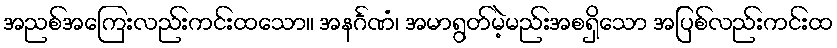
အညစ်အကြေးလည်းကင်းထသော။ အနင်္ဂဏံ၊ အမာရွတ်မဲ့မည်းအစရှိသော အပြစ်လည်းကင်းထ